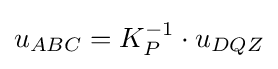
u_{ABC}=K_{P}^{-1}\cdot u_{DQZ}